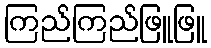
ကြည်ကြည်ဖြူဖြူ